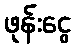
ဖုန်းငွေ